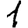
Digit: 1